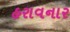
હરાવનાર